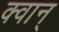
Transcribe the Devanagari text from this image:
क्वान्